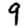
Digit: 9